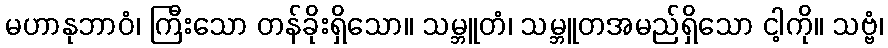
မဟာနုဘာဝံ၊ ကြီးသော တန်ခိုးရှိသော။ သမ္ဘူတံ၊ သမ္ဘူတအမည်ရှိသော ငါ့ကို။ သဗ္ဗံ၊